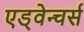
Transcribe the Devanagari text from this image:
एड्वेन्चर्स